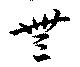
無